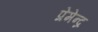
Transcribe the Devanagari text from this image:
प्रेमेन्द्र